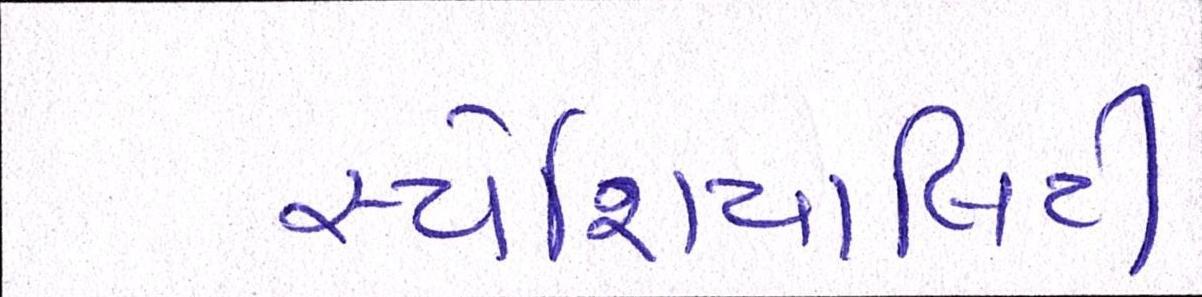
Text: સ્પેશિયાલિટી